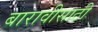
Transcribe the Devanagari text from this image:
बारावीसाठी